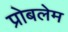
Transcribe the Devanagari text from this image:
प्रोबलेम